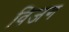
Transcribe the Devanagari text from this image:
विजग